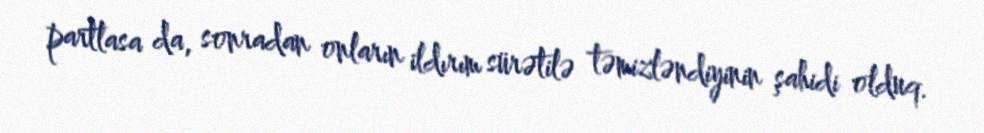
partlasa da, sonradan onların ildırım sürətilə təmizləndiyinin şahidi olduq.